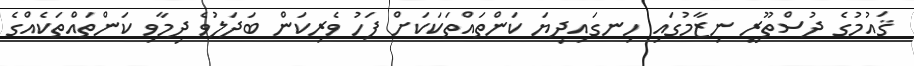
ޤައުމުގެ ދުސްތޫރީ ނިޒާމުގައި ހިނގައިދިޔަ ކަންތައްތަކަކަށް ފަހު ވެރިކަން ބަދަލުވެ ދިމާވި ކަންތައްތަކެއްގެ